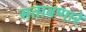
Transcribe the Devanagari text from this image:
सतावणारे